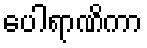
ပေါရာဏိကာ